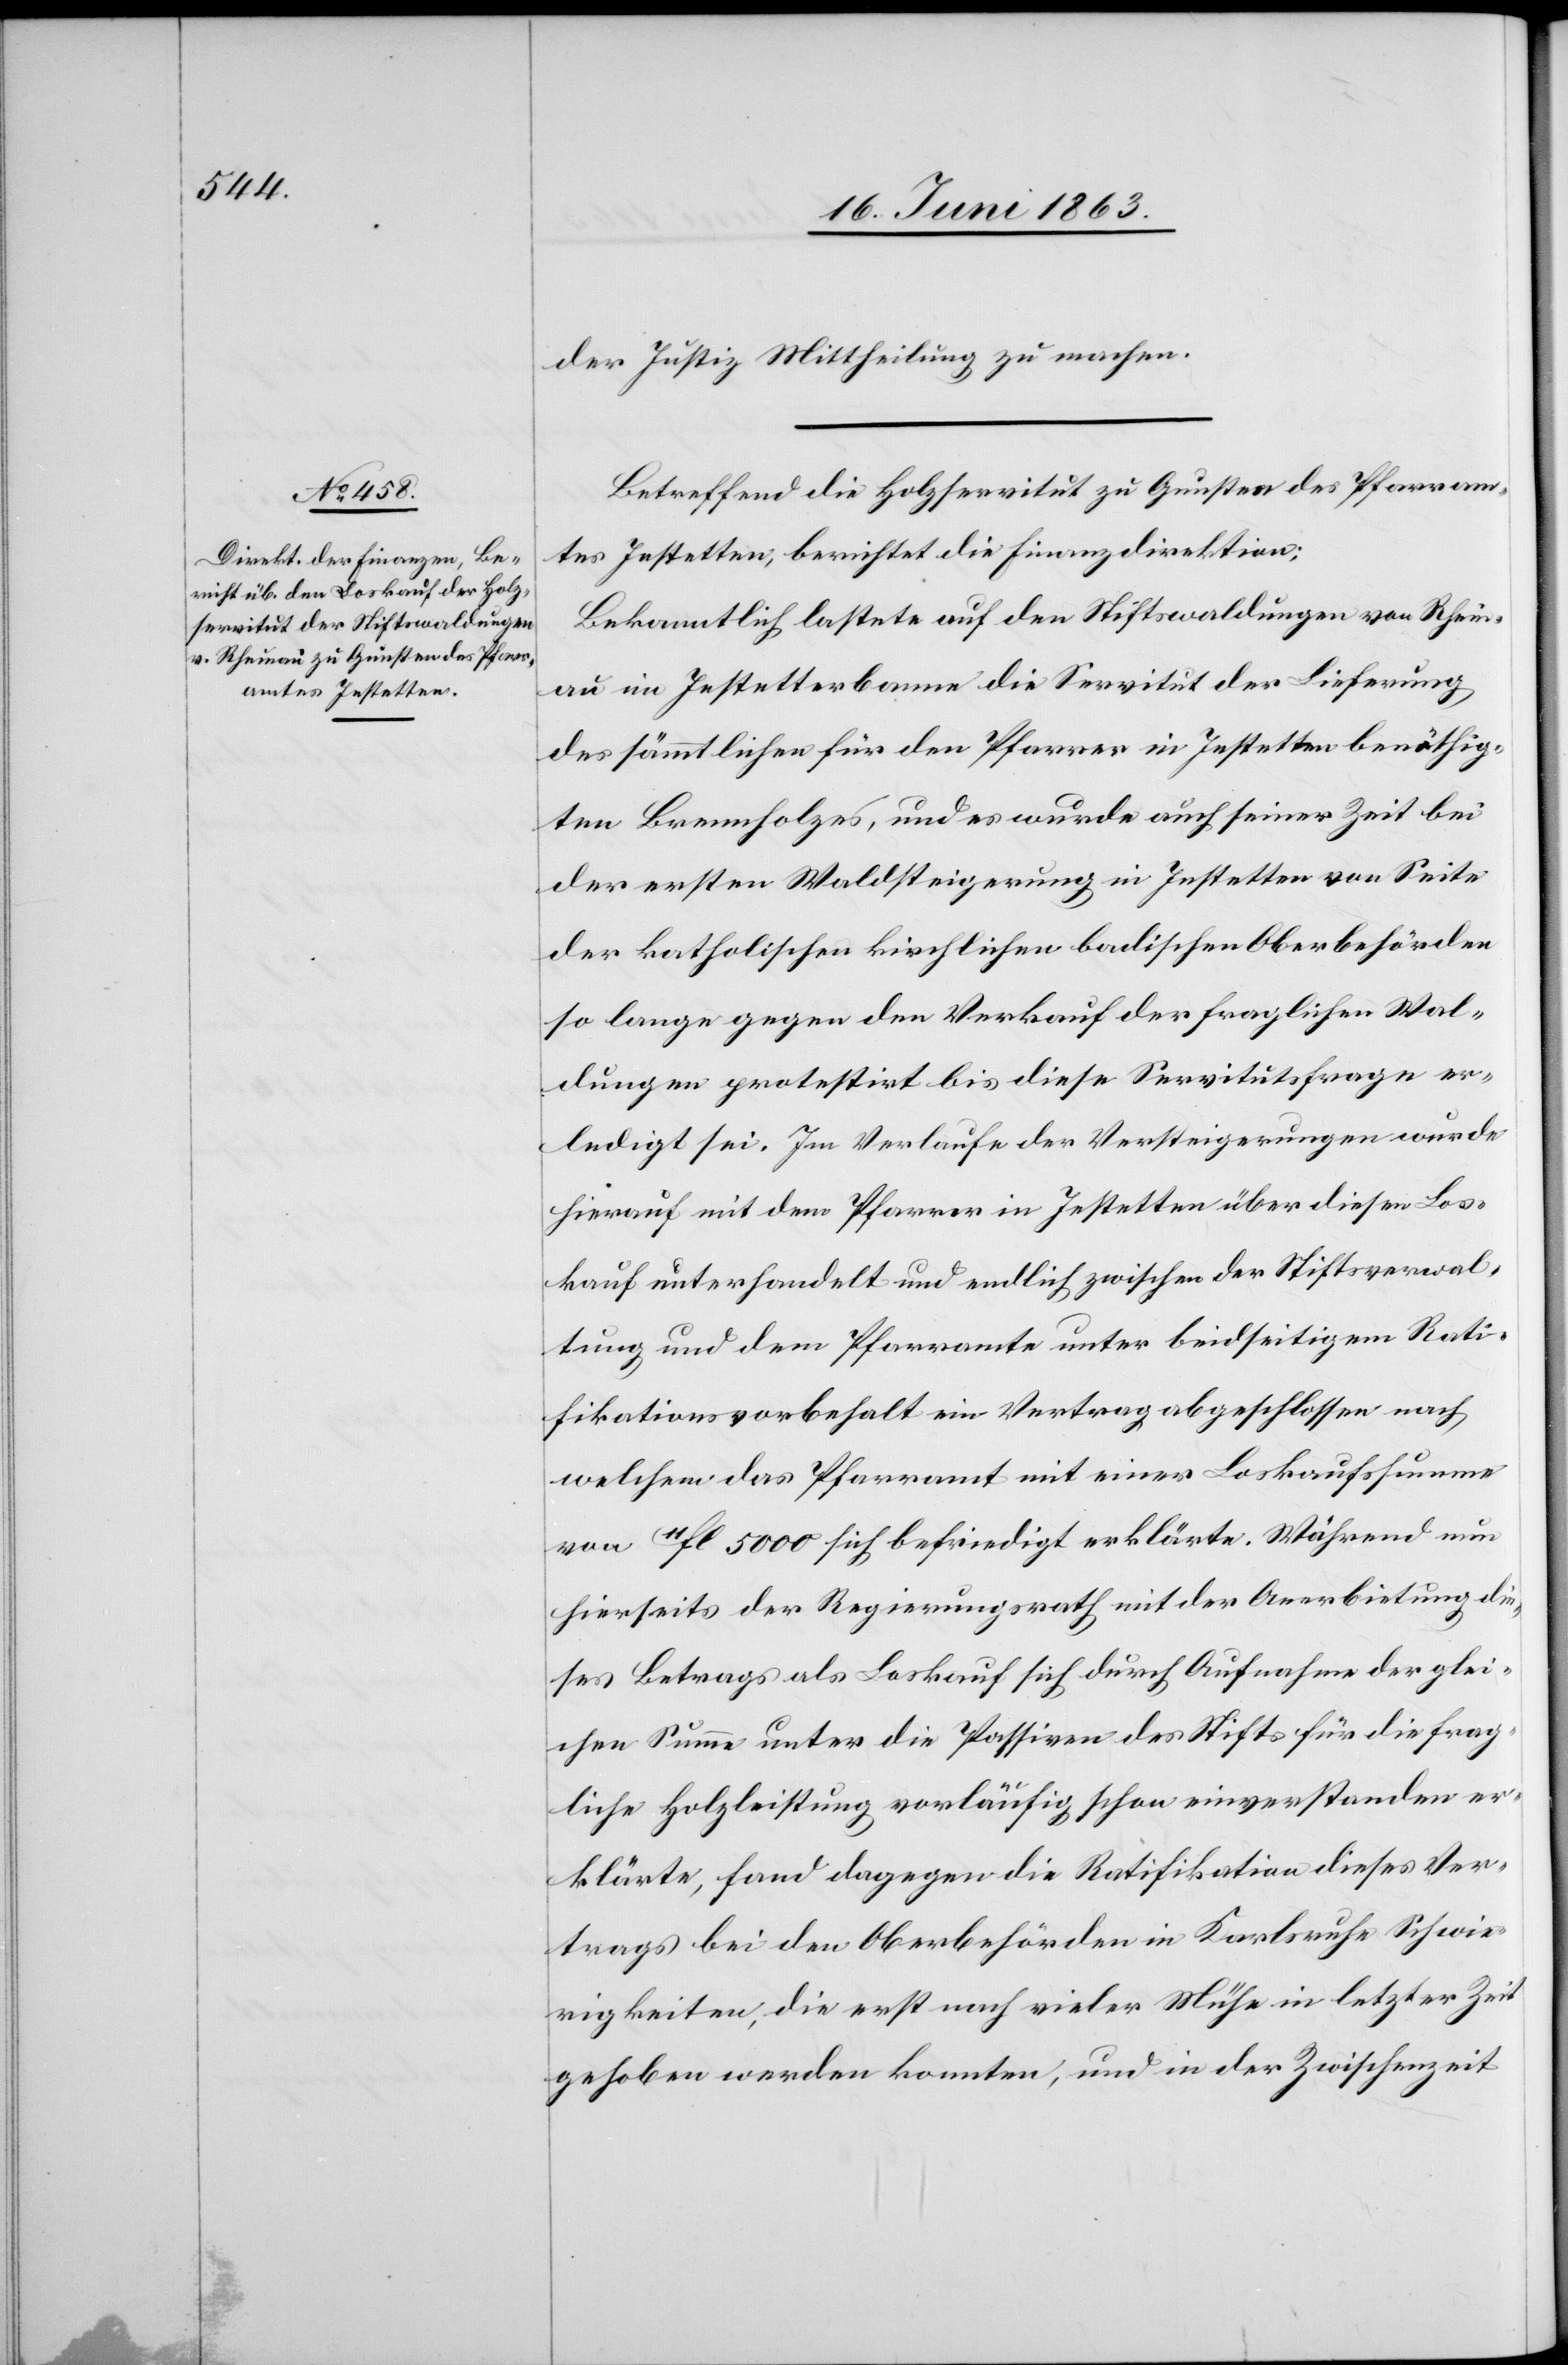
der Justiz Mittheilung zu machen.
Betreffend die Holzservitut zu Gunsten des Pfarram¬
tes Jestetten, berichtet die Finanzdirektion:
Bekanntlich lastete auf den Stiftswaldungen von Rhein¬
au im Jestetterbanne die Servitut der Lieferung
des sämmtlichen für den Pfarrer in Jestetten benöthig¬
ten Brennholzes, und es wurde auch seiner Zeit bei
der ersten Waldsteigerung in Jestetten von Seite
der katholischen kirchlichen badischen Oberbehörden
so lange gegen den Verkauf der fraglichen Wal¬
dungen protestirt bis diese Servitutsfrage er¬
ledigt sei. Im Verlaufe der Versteigerungen wurde
hierauf mit dem Pfarrer in Jestetten über diesen Los¬
kauf unterhandelt und endlich zwischen der Stiftsverwal¬
tung und dem Pfarramte unter beidseitigem Rati¬
fikationsvorbehalt ein Vertrag abgeschlossen nach
welchem das Pfarramt mit einer Loskaufssumme
von 11fl. 5000 sich befriedigt erklärte. Während nun
hierseits der Regierungsrath mit der Anerbietung die¬
ses Betrags als Loskauf sich durch Aufnahme der glei¬
chen Summe unter die Passiven des Stifts für die frag¬
liche Holzleistung vorläufig schon einverstanden er¬
klärte, fand dagegen die Ratifikation dieses Ver¬
trags bei den Oberbehörden in Karlsruhe Schwie¬
rigkeiten, die erst nach vieler Mühe in letzter Zeit
gehoben werden konnten, und in der Zwischenzeit